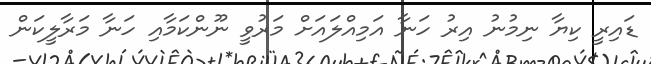
ޑައިރީ ކިޔާ ނިމުނު އިރު ހަނާ އަމިއްލައަށް މަރުވީ ނޫންކަމާއި ހަނާ މަރާލީކަން